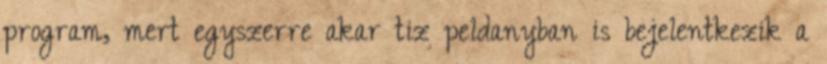
program, mert egyszerre akar tiz peldanyban is bejelentkezik a